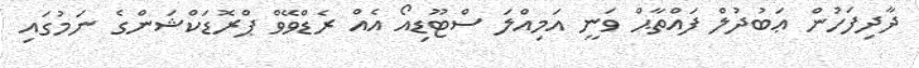
ދާދިފަހުން ޢަބުދުލް ފައްތާޙް ވަނީ އަމިއްލަ ސްޓޫޑިއޯ އެއް ރެޑްވޭވް ޕްރޮޑަކްޝަންގެ ނަމުގައި